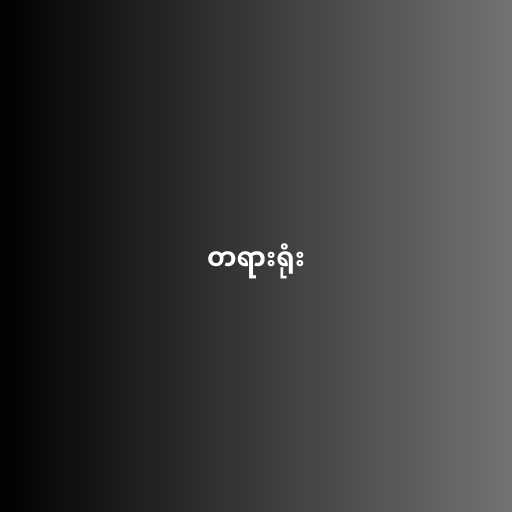
တရားရုံး